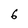
Character: 6